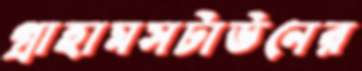
গ্রাহামসটাউনের